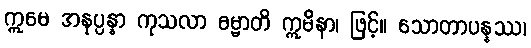
ဣမေ အနုပ္ပန္နာ ကုသလာ ဓမ္မာတိ ဣမိနာ၊ ဖြင့်။ သောတာပန္နဿ၊